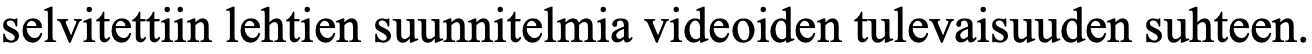
selvitettiin lehtien suunnitelmia videoiden tulevaisuuden suhteen.